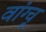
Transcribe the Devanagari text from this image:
वांग्चू